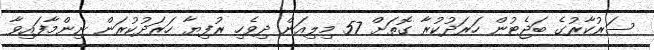
ސަރުކާރުގެ ބަޖެޓުން ހަރަދުކުރާ ގޮތަށް 57 މިލިއަން ދިވެހި ރުފިޔާ ހަރަދުކުރަން ނިންމާފައިވާ